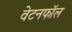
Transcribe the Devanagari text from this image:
वेटनफॉल